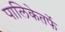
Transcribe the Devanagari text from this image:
पालिकेतर्फे